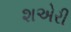
શએરી